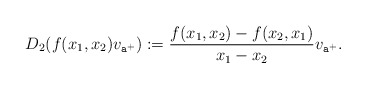
\begin{align*}D_2(f(x_1,x_2)v_{\mathtt{a}^+}):=\frac{f(x_1,x_2)-f(x_2, x_1)}{x_1-x_2}v_{\mathtt{a}^+}.\end{align*}